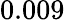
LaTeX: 0.009